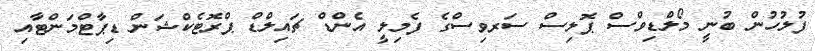
ފުލުހުން ބުނީ މޯލްޑިވްސް ޕޮލިސް ސަރވިސްގެ ފެމިލީ އެންޑް ޗައިލްޑް ޕްރޮޓެކްޝަން ޑިޕާޓްމަންޓާއި